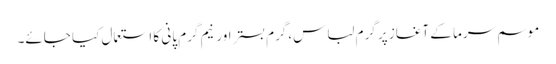
موسم سرما کے آغاز پر گرم لباس،گرم بستر اور نیم گرم پانی کا استعمال کیا جائے۔